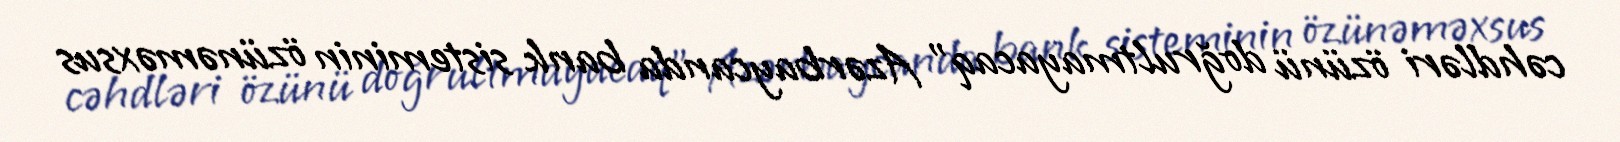
cəhdləri özünü doğrultmayacaq” Azərbaycanda bank sisteminin özünəməxsus